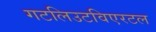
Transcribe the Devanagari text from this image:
गटलिउटविएरटल